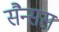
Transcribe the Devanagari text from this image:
सैन्सस